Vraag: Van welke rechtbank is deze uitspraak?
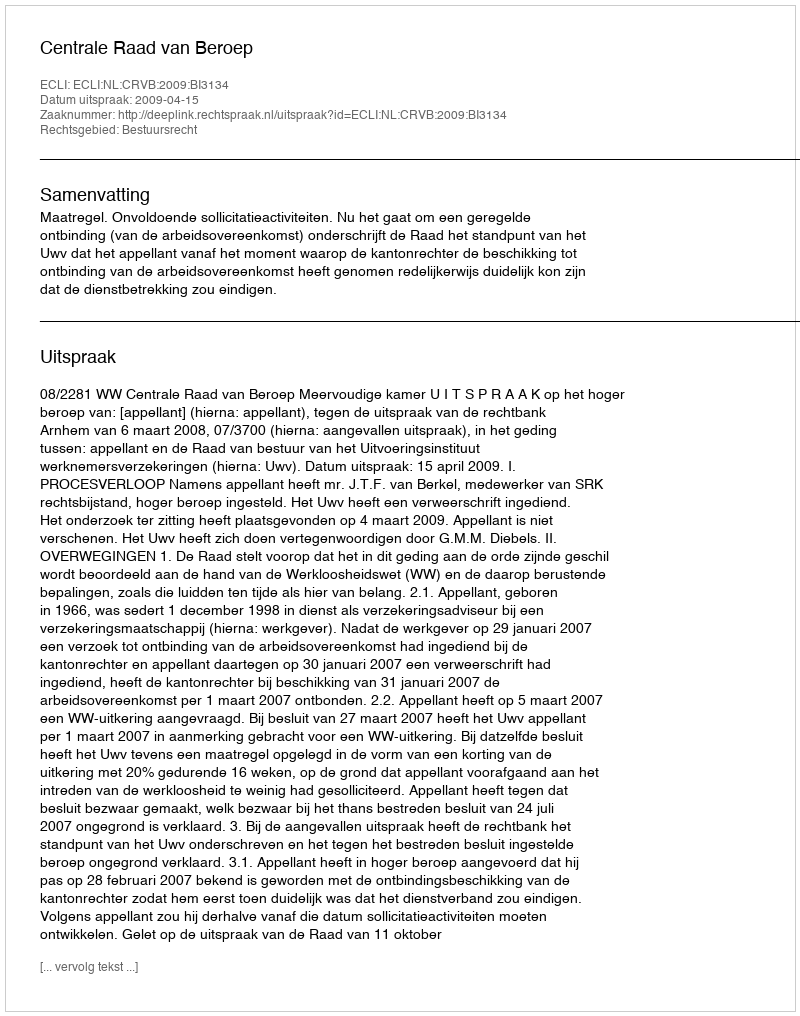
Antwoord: Centrale Raad van Beroep